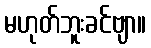
မဟုတ်ဘူးခင်ဗျာ။